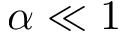
\alpha \ll 1